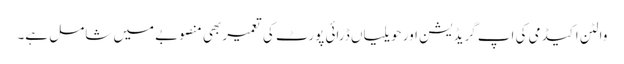
والٹن اکیڈمی کی اپ گریڈیشن اور حویلیاں ڈرائی پورٹ کی تعمیر بھی منصوبے میں شامل ہے۔